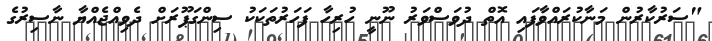
"ސަރުކާރުން މަނާކުރައްވާފައި އޮތް ދުވަސްވަރު ނޫނީ ހުރިހާ ފަހަރުތަކަކު ސިންގަޕޫރަށް ދެވިއްޖެއްޔާ ނާސިރުގެ